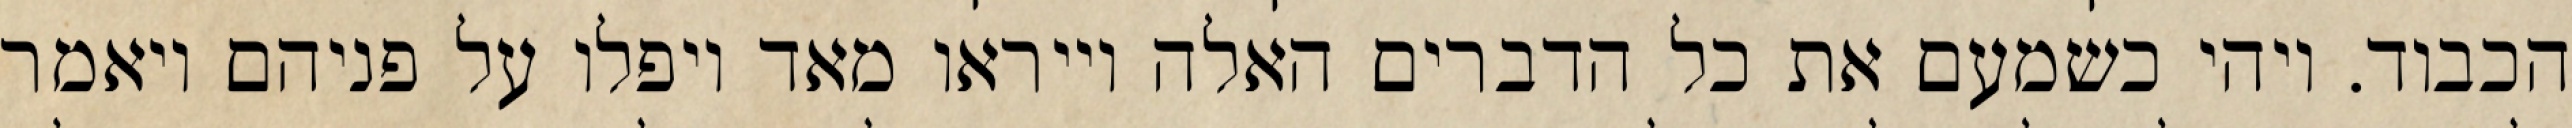
הכבוד. ויהי כשמעם את כל הדברים האלה וייראו מאד ויפלו על פניהם ויאמר